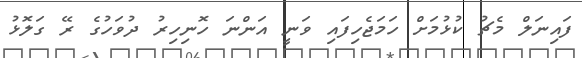
ފައިނަލް މެޗު ކުޅުމަށް ހަމަޖެހިފައި ވަނީ އަންނަ ހޮނިހިރު ދުވަހުގެ ރޭ ގަލޮޅު